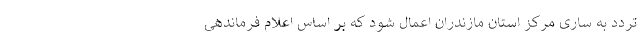
تردد به ساری مرکز استان مازندران اعمال شود که بر اساس اعلام فرماندهی